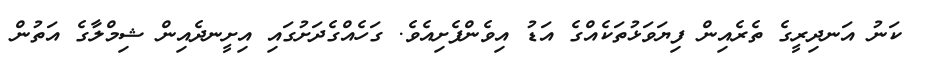
ކަނު އަނދިރީގެ ތެރެއިން ފިޔަވަޅުތަކެއްގެ އަޑު އިވެންފެށިއެވެ. ގަހެއްގެދަށުގައި އިށީނދެއިން ޝިމްލާގެ އަތުން